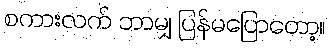
စကားလက် ဘာမျှ ပြန်မပြောတော့။